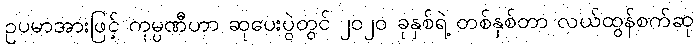
ဥပမာအားဖြင့် ကုမ္ပဏီဟာ ဆုပေးပွဲတွင် ၂၀၂၀ ခုနှစ်ရဲ့ တစ်နှစ်တာ လယ်ထွန်စက်ဆု